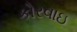
કોરવાઇ